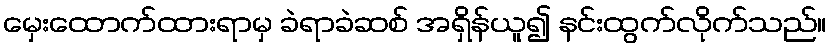
မှေးထောက်ထားရာမှ ခဲရာခဲဆစ် အရှိန်ယူ၍ နင်းထွက်လိုက်သည်။